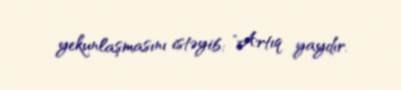
yekunlaşmasını istəyib: "Artıq yaydır.